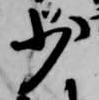
少